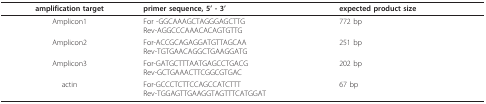
<table><thead><tr><td><b>amplification target</b></td><td><b>primer sequence, 5&#x27; - 3&#x27;</b></td><td><b>expected product size</b></td></tr></thead><tbody><tr><td>Amplicon1</td><td>For -GGCAAAGCTAGGGAGCTTGRev-AGGCCCAAACACAGTGTTG</td><td>772 bp</td></tr><tr><td>Amplicon2</td><td>For-ACCGCAGAGGATGTTAGCAARev-TGTGAACAGGCTGAAGGATG</td><td>251 bp</td></tr><tr><td>Amplicon3</td><td>For-GATGCTTTAATGAGCCTGACGRev-GCTGAAACTTCGGCGTGAC</td><td>202 bp</td></tr><tr><td>actin</td><td>For-GCCCTCTTCCAGCCATCTTTRev-TGGAGTTGAAGGTAGTTTCATGGAT</td><td>67 bp</td></tr></tbody></table>